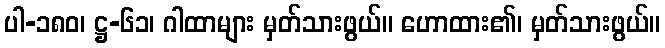
ပါ-၁၈၀၊ ဋ္ဌ-၆၁၊ ဂါထာများ မှတ်သားဖွယ်။ ဟောထား၏၊ မှတ်သားဖွယ်။